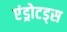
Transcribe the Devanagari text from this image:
एंड्रोटड्स